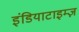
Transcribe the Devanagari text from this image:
इंडियाटाइम्‍ज़